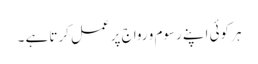
ہر کوئی اپنے رسوم و رواج پر عمل کرتا ہے ۔